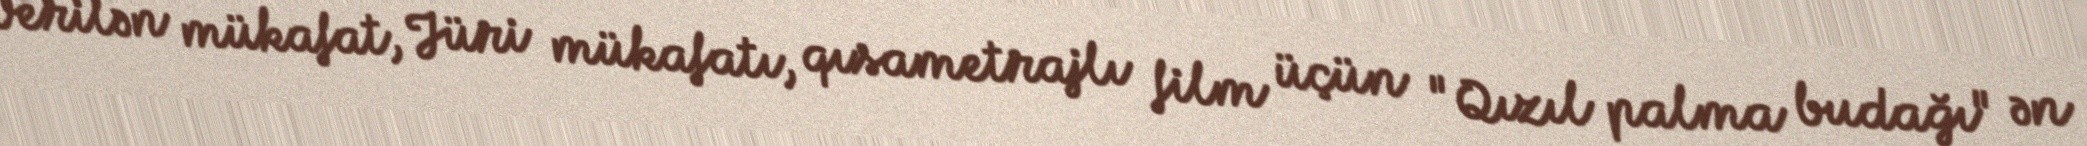
verilən mükafat, Jüri mükafatı, qısametrajlı film üçün "Qızıl palma budağı" ən